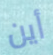
أين